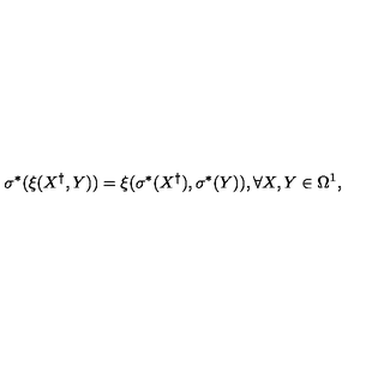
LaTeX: \sigma ^ { \ast } ( \xi ( X ^ { \dag } , Y ) ) = \xi ( \sigma ^ { \ast } ( X ^ { \dag } ) , \sigma ^ { \ast } ( Y ) ) , \forall X , Y \in \Omega ^ { 1 } ,